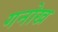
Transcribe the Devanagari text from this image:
गनोख